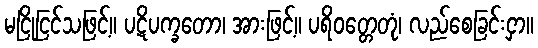
မငြိုငြင်သဖြင့်။ ပဋိပက္ခတော၊ အားဖြင့်။ ပရိဝတ္တေတုံ၊ လည်စေခြင်းငှာ။